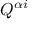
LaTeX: Q ^ { \alpha i }